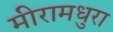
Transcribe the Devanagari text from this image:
मीरामधुरा